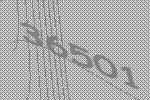
36501